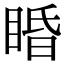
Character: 睧